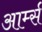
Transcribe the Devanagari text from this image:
आर्म्‍स